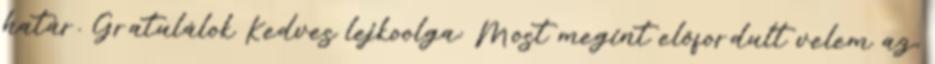
határ. Gratulálok Kedves lejkoolga: Most megint előfordult velem az,